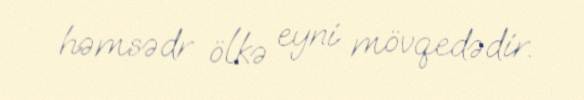
həmsədr ölkə eyni mövqedədir.